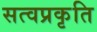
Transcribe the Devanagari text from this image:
सत्वप्रकृति